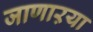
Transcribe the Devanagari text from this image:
जाणाऱया